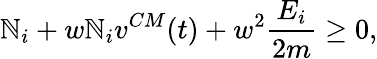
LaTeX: \mathbb{N}_{i}+w\mathbb{N}_{i}v^{CM}(t)+w^{2}\frac{{E_{i}}}{{2m}}\ge0,